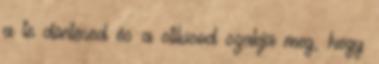
a te döntésed és a stílusod szabja meg, hogy